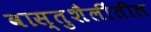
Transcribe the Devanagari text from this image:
वास्तुशैलींतील